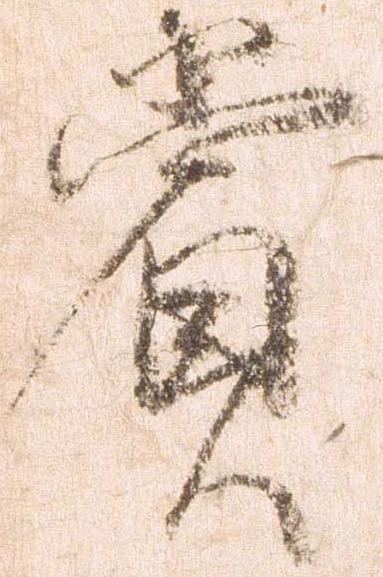
賞